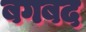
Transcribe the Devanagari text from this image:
बगबद